Lunatic asylums Bombay report 1891-1903 - 1891-1903
Year: 1891
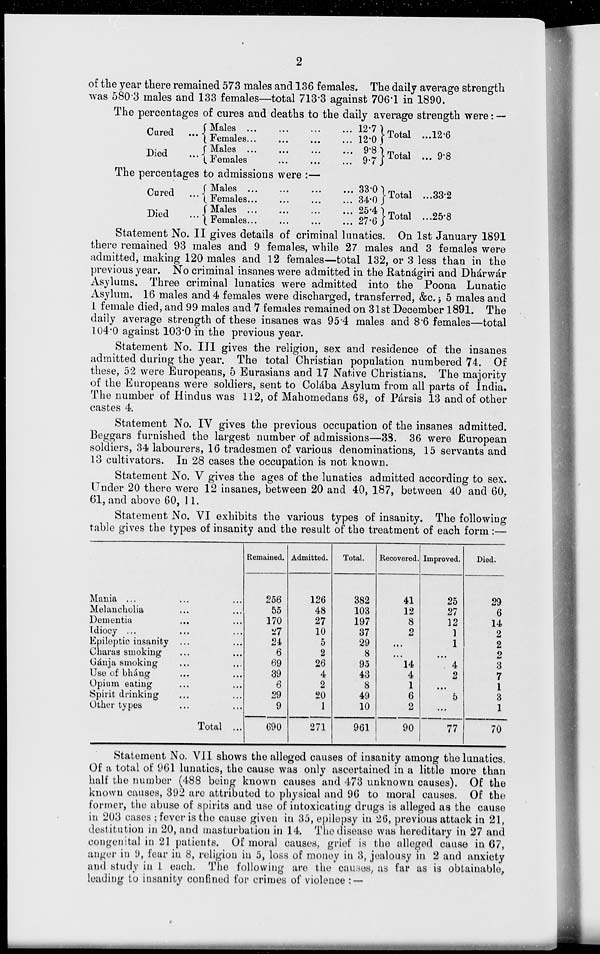
2
of the year there remained 573 males and 136 females. The daily average strength
was 580.3 males and 133 females—total 713.3 against 706.1 in 1890.
The percentages of cures and deaths to the daily average strength were: —
Cured ...
Died ...
Males
...
...
...
...
Females ...
...
...
...
Males
...
...
...
...
Females ... ... ... ...
12.7
12.0
9.8
9.7
Total ...
Total ...
12.6
9.8
The percentages to admissions were :—
Cured
...
Died ...
Males
...
...
...
...
Females
...
...
...
...
Males ... ... ... ...
Females ... ... ... ...
33.0
34.0
25.4
27.6
Total ...
Total ...
33.2
25.8
Statement No. II gives details of criminal lunatics. On 1st January 1891
there remained 93 males and 9 females, while 27 males and 3 females were
admitted, making 120 males and 12 females—total 132, or 3 less than in the
previous year. No criminal insanes were admitted in the Ratnágiri and Dhárwár
Asylums. Three criminal lunatics were admitted into the Poona Lunatic
Asylum. 16 males and 4 females were discharged, transferred, &c. ; 5 males and
1 female died, and 99 males and 7 females remained on 31st December 1891. The
daily average strength of these insanes was 95.4 males and 8.6 females—total
104.0 against 103.0 in the previous year.
Statement No. III gives the religion, sex and residence of the insanes
admitted during the year. The total Christian population numbered 74. Of
these, 52 were Europeans, 5 Eurasians and 17 Native Christians. The majority
of the Europeans were soldiers, sent to Colába Asylum from all parts of India.
The number of Hindus was 112, of Mahomedans 68, of Pársis 13 and of other
castes 4.
Statement No. IV gives the previous occupation of the insanes admitted.
Beggars furnished the largest number of admissions—38. 36 were European
soldiers, 34 labourers, 16 tradesmen of various denominations, 15 servants and
13 cultivators. In 28 cases the occupation is not known.
Statement No. V gives the ages of the lunatics admitted according to sex.
Under 20 there were 12 insanes, between 20 and 40, 187, between 40 and 60,
61, and above 60, 11.
Statement No. VI exhibits the various types of insanity. The following
table gives the types of insanity and the result of the treatment of each form :—
Mania ... ... ...
Melancholia ... ...
Dementia ... ...
Idiocy ... ... ...
Epileptic insanity ... ...
Charas smoking ... ...
Gánja smoking ... ...
Use of bháng ... ...
Opium eating ... ...
Spirit drinking ... ...
Other types ... ...
Total ...
Remained.
256
55
170
27
24
6
69
39
6
29
9
690
Admitted.
126
48
27
10
5
2
26
4
2
20
1
271
Total.
382
103
197
37
29
8
95
43
8
49
10
961
Recovered.
41
12
8
2
...
...
14
4
1
6
2
90
Improved.
25
27
12
1
1
...
4
2
...
5
...
77
Died.
29
6
14
2
2
2
3
7
1
3
1
70
Statement No. VII shows the alleged causes of insanity among the lunatics.
Of a total of 961 lunatics, the cause was only ascertained in a little more than
half the number (488 being known causes and 473 unknown causes). Of the
known causes, 392 are attributed to physical and 96 to moral causes. Of the
former, the abuse of spirits and use of intoxicating drugs is alleged as the cause
in 203 cases ; fever is the cause given in 35, epilepsy in 26, previous attack in 21,
destitution in 20, and masturbation in 14. The disease was hereditary in 27 and
congenital in 21 patients. Of moral causes, grief is the alleged cause in 67,
anger in 9, fear in 8, religion in 5, loss of money in 3, jealousy in 2 and anxiety
and study in 1 each. The following are the causes, as far as is obtainable,
leading to insanity confined for crimes of violence :—